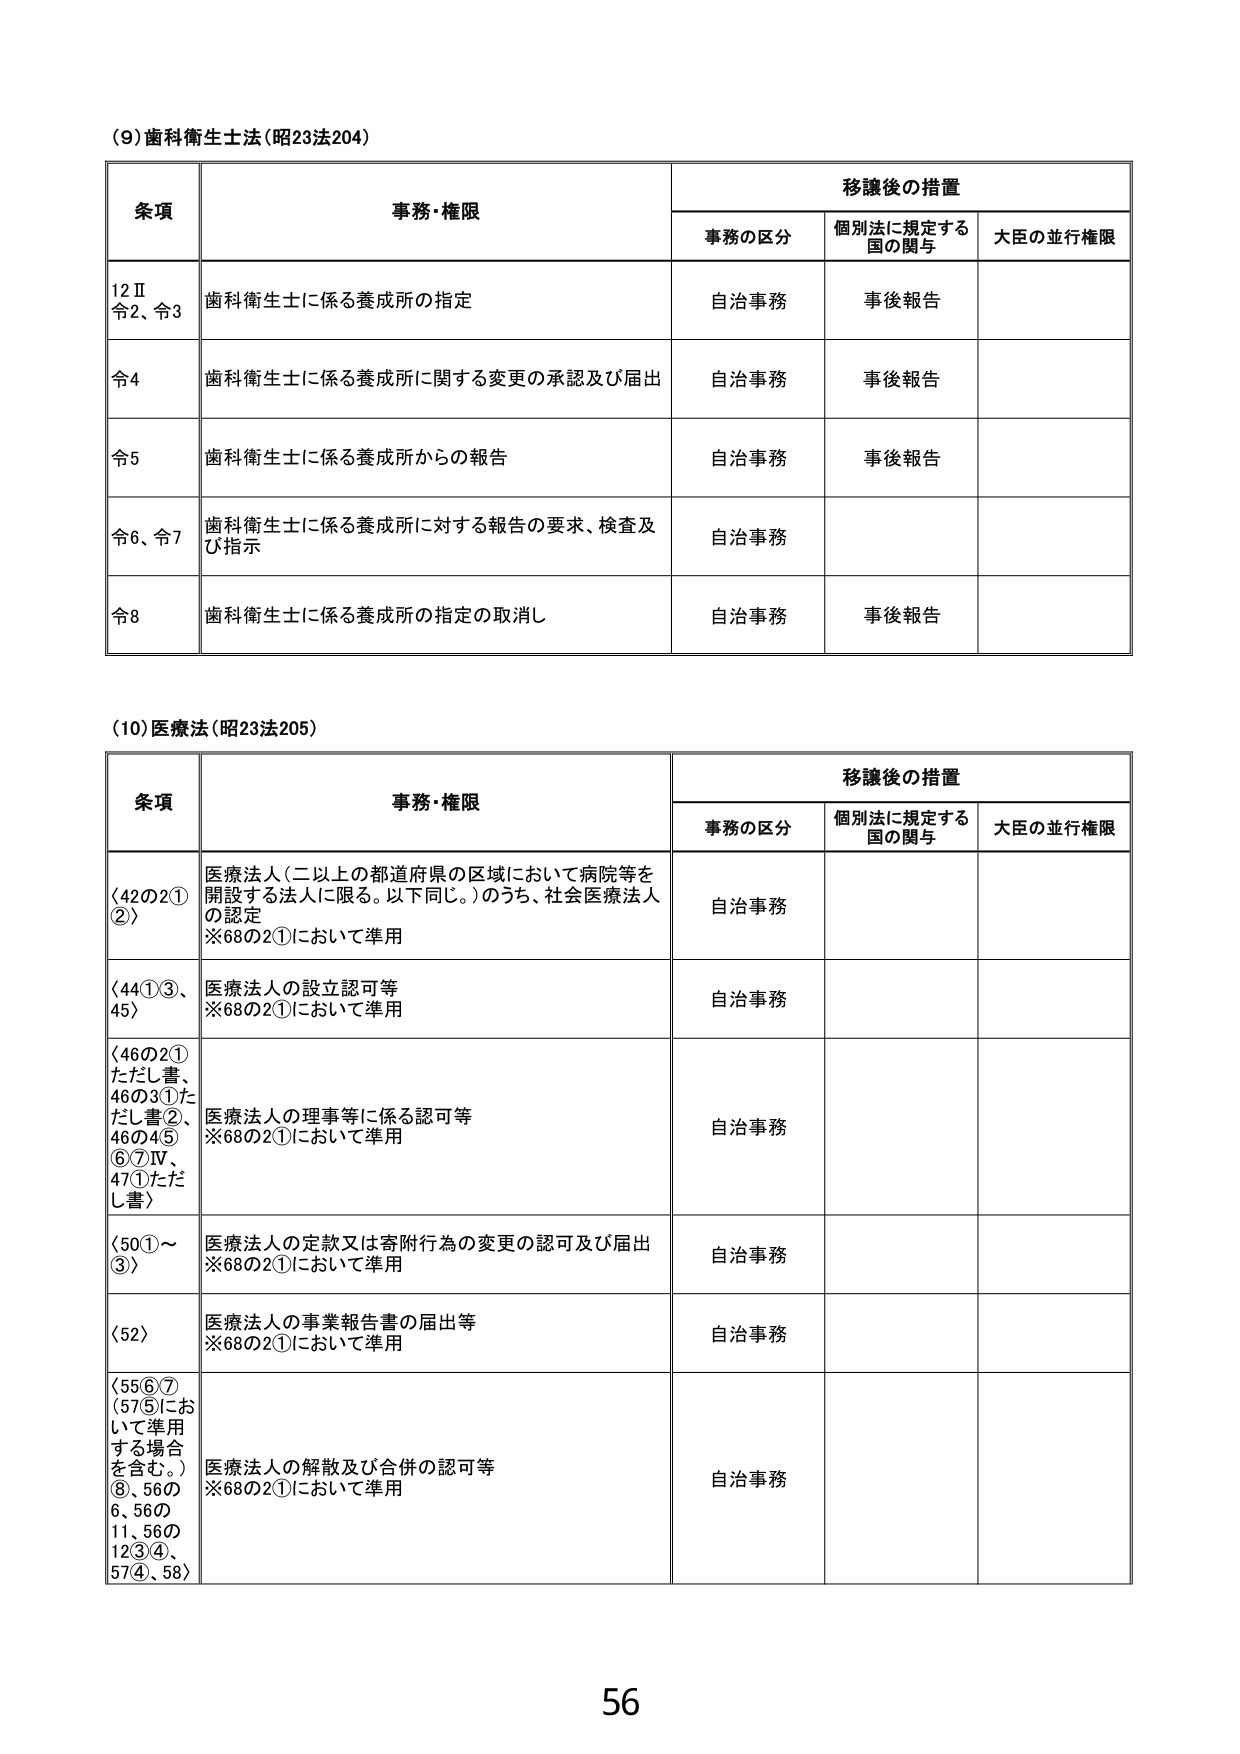
(9) 歯科衛生士法 (昭23法204)

条項 事務・権限 移譲後の措置
　　事務の区分 個別法に規定する国の関与 大臣の並行権限
12Ⅱ 令2、令3 歯科衛生士に係る養成所の指定 自治事務 事後報告
令4 歯科衛生士に係る養成所に関する変更の承認及び届出 自治事務 事後報告
令5 歯科衛生士に係る養成所からの報告 自治事務 事後報告
令6、令7 歯科衛生士に係る養成所に対する報告の要求、検査及び指示 自治事務
令8 歯科衛生士に係る養成所の指定の取消し 自治事務 事後報告

(10) 医療法 (昭23法205)

条項 事務・権限 移譲後の措置
　　事務の区分 個別法に規定する国の関与 大臣の並行権限
〈42の2①②〉 医療法人（二以上の都道府県の区域において病院等を開設する法人に限る。以下同じ。）のうち、社会医療法人の認定
※68の2①において準用 自治事務
〈44①③、45〉 医療法人の設立認可等
※68の2①において準用 自治事務
〈46の2①ただし書、46の3①ただし書②、46の4⑤⑥⑦Ⅳ、47①ただし書〉 医療法人の理事等に係る認可等
※68の2①において準用 自治事務
〈50①～③〉 医療法人の定款又は寄附行為の変更の認可及び届出
※68の2①において準用 自治事務
〈52〉 医療法人の事業報告書の届出等
※68の2①において準用 自治事務
〈55⑥⑦（57⑤において準用する場合を含む。）⑧、56の6、56の11、56の12③④、57④、58〉 医療法人の解散及び合併の認可等
※68の2①において準用 自治事務

56